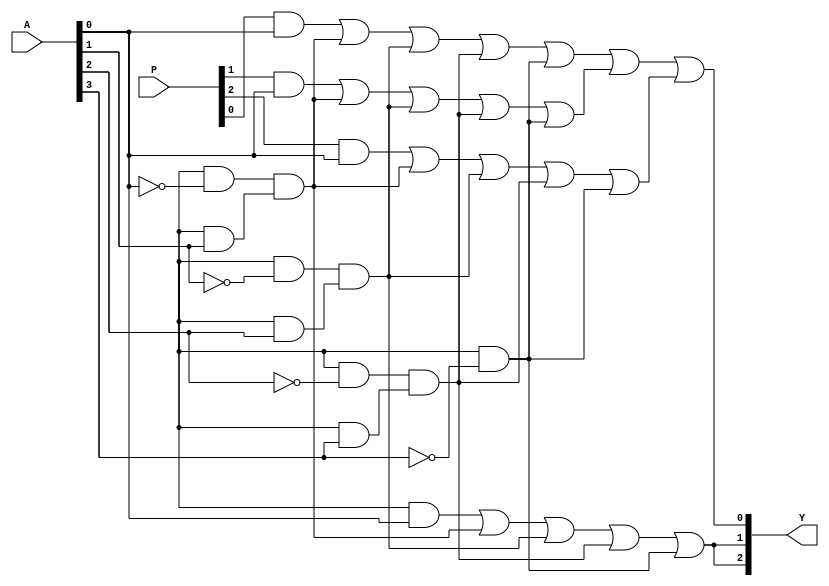
module jewel_pal (
    input wire [n-1:0] A,        // n inputs
    input wire [m-1:0] P,        // m programming signals for AND array
    output wire [m-1:0] Y        // m outputs
);

// Parameter definitions
parameter n = 4;               // Number of inputs
parameter m = 3;               // Number of outputs
parameter num_product_terms = 8; // Number of product terms in AND array

// Internal signals for AND array outputs
wire [num_product_terms-1:0] and_out;

// Programmable AND array
genvar i, j;
generate
    for (i = 0; i < num_product_terms; i = i + 1) begin : and_array
        // Each AND gate can be programmed based on P signals
        assign and_out[i] = (P[i] & A[0]) | (P[i + num_product_terms] & ~A[0]) & 
                            (P[i + 2*num_product_terms] & A[1]) | (P[i + 3*num_product_terms] & ~A[1]) &
                            (P[i + 4*num_product_terms] & A[2]) | (P[i + 5*num_product_terms] & ~A[2]) &
                            (P[i + 6*num_product_terms] & A[3]) | (P[i + 7*num_product_terms] & ~A[3]);
    end
endgenerate

// Fixed OR array
assign Y[0] = and_out[0] | and_out[1] | and_out[2]; // Output Y1
assign Y[1] = and_out[3] | and_out[4];               // Output Y2
assign Y[2] = and_out[5] | and_out[6] | and_out[7]; // Output Y3

endmodule